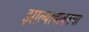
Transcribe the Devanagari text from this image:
झाल्याबाबतचा